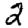
Digit: 2